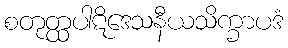
စတုတ္ထပါဋိဒေသနီယသိက္ခာပဒံ